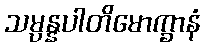
သမ္ပန္နပါတိမောက္ခာနံ